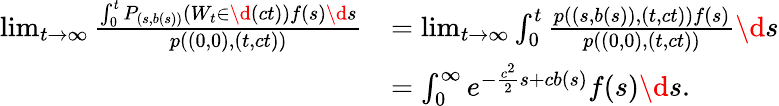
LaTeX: \begin{array}{rl}{\operatorname*{lim}_{t\to\infty}\frac{\int_{0}^{t}P_{(s,b(s))}(W_{t}\in\d(ct))f(s)\d s}{p((0,0),(t,ct))}}&{=\operatorname*{lim}_{t\to\infty}\int_{0}^{t}\frac{p((s,b(s)),(t,ct))f(s)}{p((0,0),(t,ct))}\d s}\\ &{=\int_{0}^{\infty}e^{-\frac{c^{2}}{2}s+cb(s)}f(s)\d s.}\end{array}